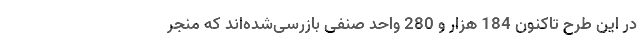
در این طرح تاکنون 184 هزار و 280 واحد صنفی بازرسی‌شده‌اند که منجر